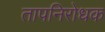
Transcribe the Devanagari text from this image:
तापनिरोधक